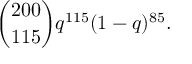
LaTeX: { { \binom { 2 0 0 } { 1 1 5 } } q ^ { 1 1 5 } ( 1 - q ) ^ { 8 5 } } .